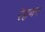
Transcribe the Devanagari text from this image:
रेहनर